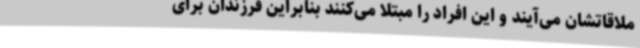
ملاقاتشان می‌آیند و این افراد را مبتلا می‌کنند بنابراین فرزندان برای